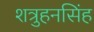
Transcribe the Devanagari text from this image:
शत्रुहनसिंह